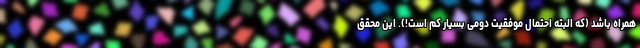
همراه باشد (که البته احتمال موفقیت دومی بسیار کم است!). این محقق